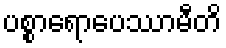
ပစ္စာရောပေဿာမီတိ